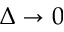
\Delta \rightarrow 0